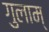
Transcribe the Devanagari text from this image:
गुलाम्